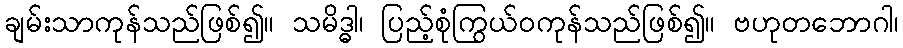
ချမ်းသာကုန်သည်ဖြစ်၍။ သမိဒ္ဓါ၊ ပြည့်စုံကြွယ်ဝကုန်သည်ဖြစ်၍။ ဗဟုတဘောဂါ၊